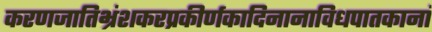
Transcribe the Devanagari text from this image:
करणजातिभ्रंशकरप्रकीर्णकादिनानाविधपातकानां